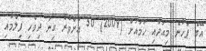
އޭގެ ފަހުން މިއަދާއި ހަމައަށް (2009) 50 އަށްވުރެ ގިނަ ދިވެހި ފިލްމާއި